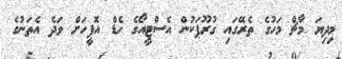
މިދިޔަ މާޗް މަހުގެ ތެރޭގައި ގުރޫޕަކުން އެސްޓީއޯގެ ހެޑް އޮފީހަށް ވަދެ އެތަނުގެ